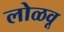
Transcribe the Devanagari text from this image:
लोळवू